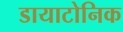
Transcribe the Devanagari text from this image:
डायाटोनिक